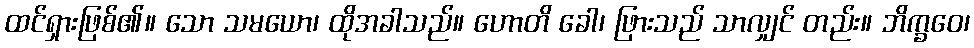
ထင်ရှားဖြစ်၏။ သော သမယော၊ ထိုအခါသည်။ ဟောတိ ခေါ၊ ဖြားသည် သာလျှင် တည်း။ ဘိက္ခဝေ၊